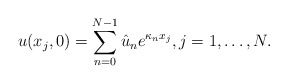
\begin{align*}u(x_j,0) = \sum_{n=0}^{N-1} \hat{u}_n e^{\kappa_n x_j}, j = 1, \ldots, N.\end{align*}